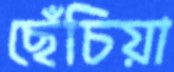
ছেঁচিয়া